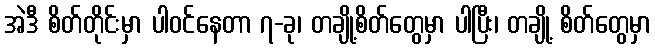
အဲဒီ စိတ်တိုင်းမှာ ပါဝင်နေတာ ၇-ခု၊ တချို့စိတ်တွေမှာ ပါပြီး၊ တချို့ စိတ်တွေမှာ